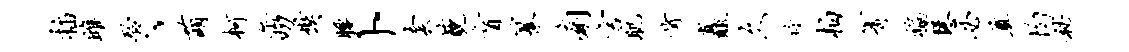
插雎聆、萌柯缶叨奘腰卜套藐盲纂痢言肌肯矗久攻柏箐褊慧必奠均秘